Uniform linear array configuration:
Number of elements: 64
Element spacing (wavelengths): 1
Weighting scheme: exponential
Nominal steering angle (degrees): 45
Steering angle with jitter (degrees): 44.128
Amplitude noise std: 0.05
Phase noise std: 0.05

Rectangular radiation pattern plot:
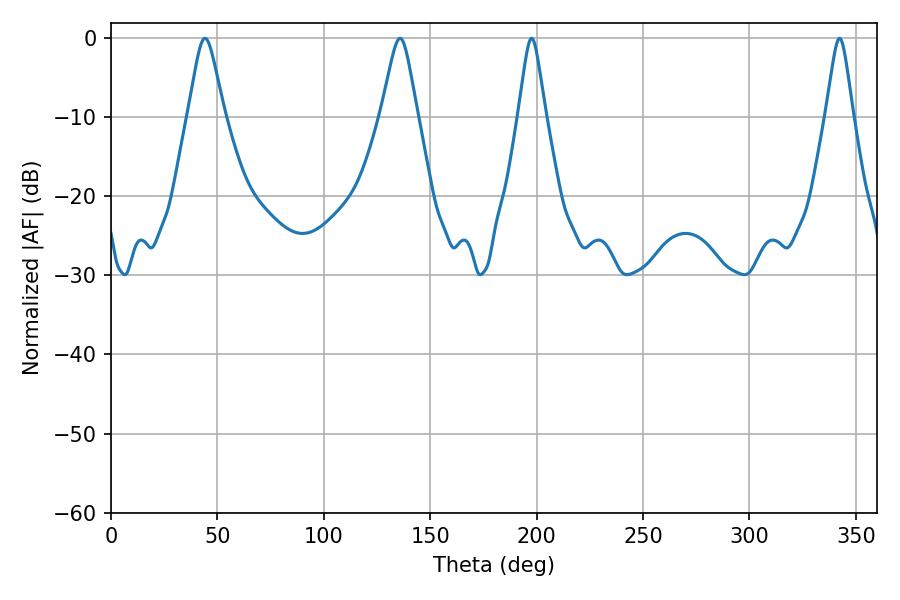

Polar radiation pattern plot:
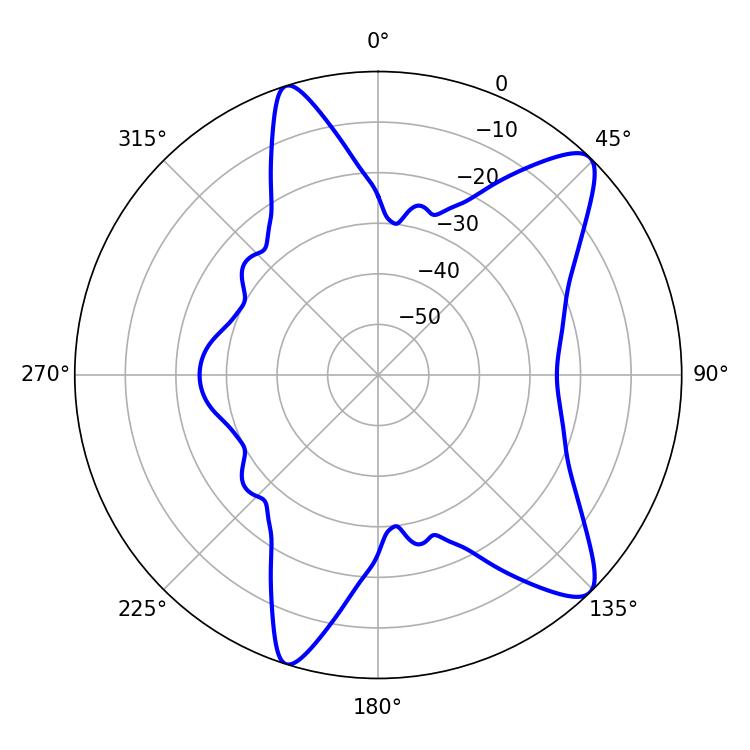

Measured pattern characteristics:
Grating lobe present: TRUE
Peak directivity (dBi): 10.787
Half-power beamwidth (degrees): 5.94
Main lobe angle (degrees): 197.64